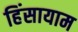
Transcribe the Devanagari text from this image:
हिंसायाम